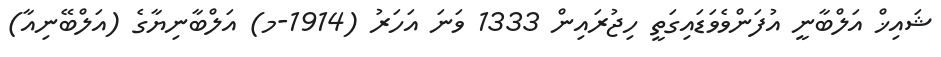
ޝައިޚް އަލްބާނީ އުފަންވެވަޑައިގަތީ ހިޖުރައިން 1333 ވަނަ އަހަރު (1914-މ) އަލްބާނިޔާގެ (އަލްބޭނިއާ)